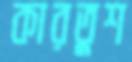
কারতুশ